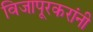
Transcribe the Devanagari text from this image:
विजापूरकरांनी